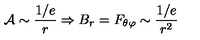
{ \cal A } \sim \frac { 1 / e } { r } \Rightarrow B _ { r } = F _ { \theta \varphi } \sim \frac { 1 / e } { r ^ { 2 } }